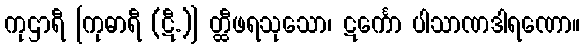
ကုဌာရီ [ကုဓာရီ (ဋီ.)] တ္ထီဖရသုသော၊ ဋင်္ကော ပါသာဏဒါရဏော။